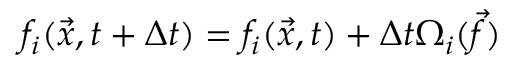
f _ { i } ( \vec { x } , t + \Delta t ) = f _ { i } ( \vec { x } , t ) + \Delta t \Omega _ { i } ( \vec { f } )